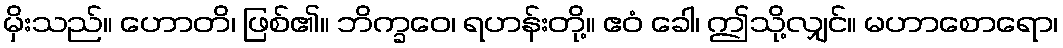
မှိးသည်။ ဟောတိ၊ ဖြစ်၏။ ဘိက္ခဝေ၊ ရဟန်းတို့။ ဧဝံ ခေါ၊ ဤသို့လျှင်။ မဟာစောရော၊